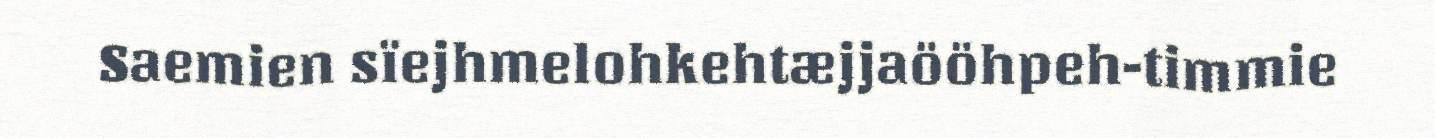
Saemien sïejhmelohkehtæjjaööhpeh-timmie